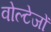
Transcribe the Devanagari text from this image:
वोल्टेजों